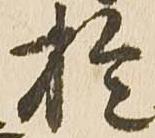
於